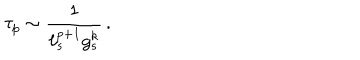
\tau _ { p } \sim { \frac { 1 } { \ell _ { s } ^ { p + 1 } g _ { s } ^ { k } } } \, .